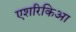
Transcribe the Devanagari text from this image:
एशरिकिआ